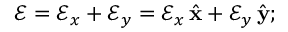
\boldsymbol { \mathcal { E } } = \boldsymbol { \mathcal { E } } _ { x } + \boldsymbol { \mathcal { E } } _ { y } = \mathcal { E } _ { x } \, \hat { \mathbf { x } } + \mathcal { E } _ { y } \, \hat { \mathbf { y } } ;